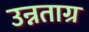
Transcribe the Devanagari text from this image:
उन्नताग्र